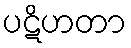
ပဋိဟတာ